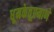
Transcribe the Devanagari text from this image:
धूमकेतूप्रमाणे